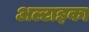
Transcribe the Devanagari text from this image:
अल्टाइका